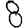
Digit: 8